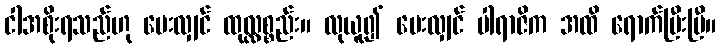
ငါအစိုးရသည်ဟု ပေးလျှင် ထုလ္လစ္စည်း။ လုယူ၍ ပေးလျှင် ပါရာဇိက အထိ ရောက်ပြီးပြီ။